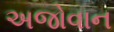
અજોવાન